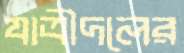
যাত্রীদলের